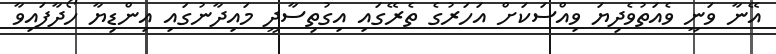
އޭނާ ވަނީ ވެއަތުވެދިޔަ ވިއްސަކަށް އަހަރުގެ ތެރޭގައި އިގުތިސާދީ މައިދާނުގައި އިންޑިޔާ ހޯދާފައިވާ